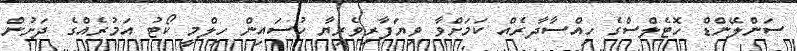
ސަންލޭންޑް ހޮޓެލްސްގެ ހިއްސާދާރެއް ކަމަށްވާ ވިޔަފާރިވެރިޔާ ހުސައިން ހިލްމީ ކޯޓު އަމުރެއްގެ ދަށުން